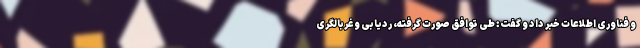
و فناوری اطلاعات خبر داد و گفت: طی توافق صورت گرفته، ردیابی و غربالگری